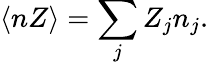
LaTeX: \langle nZ\rangle=\sum_{j}Z_{j}n_{j}.